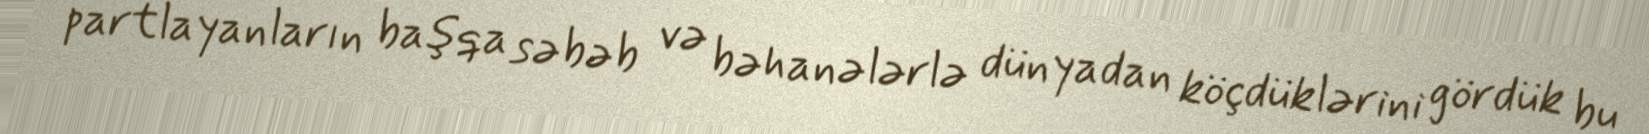
partlayanların başqa səbəb və bəhanələrlə dünyadan köçdüklərini gördük bu